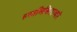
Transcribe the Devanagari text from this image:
हस्तलिखिताव्दारे